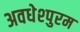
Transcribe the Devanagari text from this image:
अवधेश्पुरम